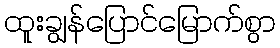
ထူးချွန်ပြောင်မြောက်စွာ